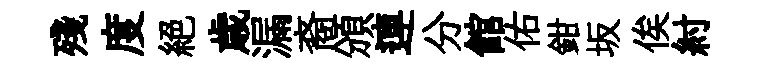
殘度絶歳漏裔頒連分館佑鉗坂俟紂